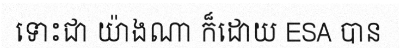
ទោះជា យ៉ាងណា ក៏ដោយ ESA បាន